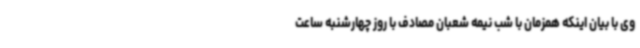
وی با بیان اینکه همزمان با شب نیمه شعبان مصادف با روز چهارشنبه ساعت